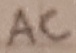
Text: AC